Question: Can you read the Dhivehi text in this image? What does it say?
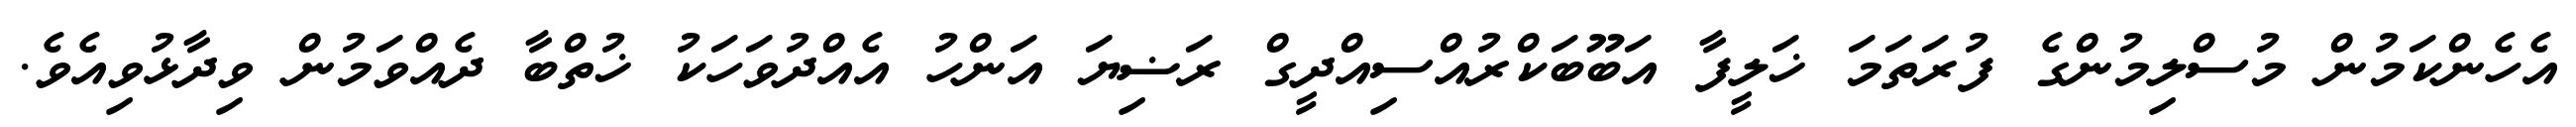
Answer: އެހެންކަމުން މުސްލިމުންގެ ފުރަތަމަ ޚަލީފާ އަބޫބަކްރުއްސިއްދީގް ރަޟިޔަ އަންހު އެއްދުވަހަކު ޚުތްބާ ދެއްވަމުން ވިދާޅުވިއެވެ.